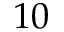
1 0